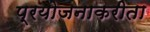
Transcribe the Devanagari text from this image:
प्रयोजनाकरीता